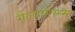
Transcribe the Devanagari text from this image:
गैल्वानिस्म